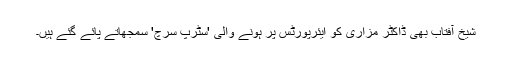
شیخ آفتاب بھی ڈاکٹر مزاری کو ایئرپورٹس پر ہونے والی 'سٹرپ سرچ' سمجھاتے پائے گئے ہیں۔